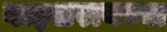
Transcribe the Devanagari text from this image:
वाइसरायच्या